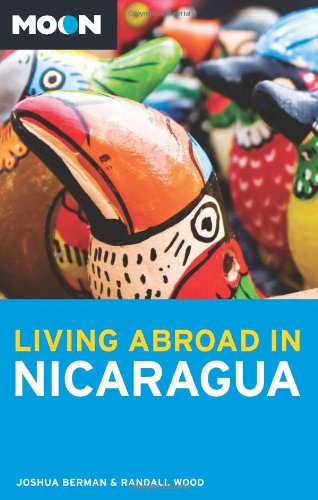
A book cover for Moon Living Abroad in Nicaragua; Joshua Berman; Travel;